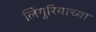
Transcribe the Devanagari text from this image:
लिगुरियाच्या